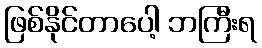
ဖြစ်နိုင်တာပေါ့ ဘကြီးရ